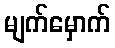
မျက်မှောက်